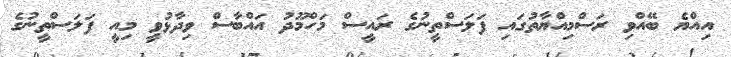
އިއްޔެ ބޭއްވި ރަސްމިއްޔާތުގައި ފަލަސްތީނުގެ ރައީސް މަހްމޫދު އައްބާސް ވިދާޅުވީ މިއީ ފަލަސްތީނުގެ